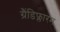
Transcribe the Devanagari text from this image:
ग्रैंडिफ्लारम